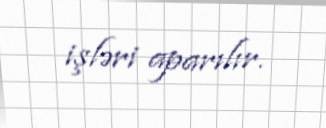
işləri aparılır.